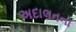
અદાલતના